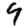
Digit: 9